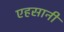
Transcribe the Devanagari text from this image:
एहसानी